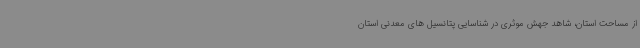
از مساحت استان، شاهد جهش موثری در شناسایی پتانسیل های معدنی استان